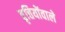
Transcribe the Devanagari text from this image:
वृत्तियोंवाले